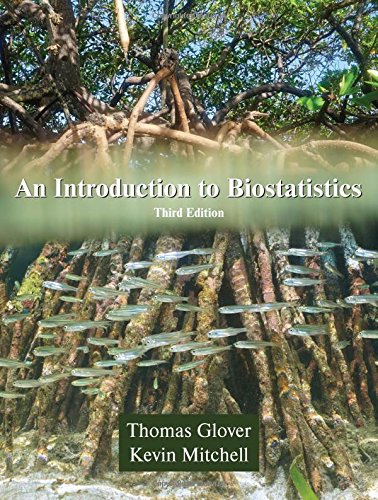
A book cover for An Introduction to Biostatistics, Third Edition; Thomas Glover; Medical Books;